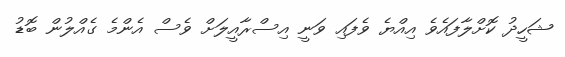
ޝަހީދު ކޮށްލާފައެވެ އިއްޔެ ވެފައި ވަނީ އިސްރާއީލަށް ވެސް އެންމެ ގެއްލުން ބޮޑު